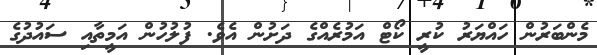
މެންބަރުން ހައްޔަރު ކުރީ ކޯޓް އަމުރެއްގެ ދަށުން އެވެ. ފުލުހުން އަމީތާއި ސައުދުގެ